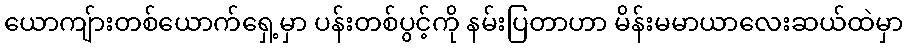
ယောကျ်ားတစ်ယောက်ရှေ့မှာ ပန်းတစ်ပွင့်ကို နမ်းပြတာဟာ မိန်းမမာယာလေးဆယ်ထဲမှာ